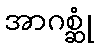
အာဂစ္ဆုံ